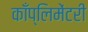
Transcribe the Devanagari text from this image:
काँप्लिमेंटरी